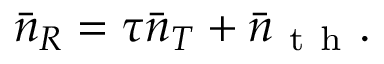
\bar { n } _ { R } = \tau \bar { n } _ { T } + \bar { n } _ { \mathrm { ~ t ~ h ~ } } .